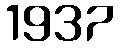
1937